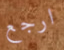
ارجع